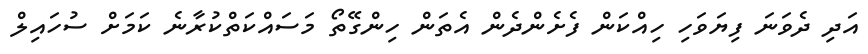
އަދި ދެވަނަ ފިޔަވަހި ހިއްކަން ފެށެންދެން އެތަން ހިންގޭތޯ މަސައްކަތްކުރާނެ ކަމަށް ސުހައިލް